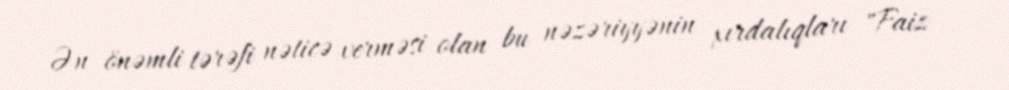
Ən önəmli tərəfi nəticə verməsi olan bu nəzəriyyənin xırdalıqları "Faiz